Vaccination in Bombay 1924-1928 - 1924-1928
Year: 1924
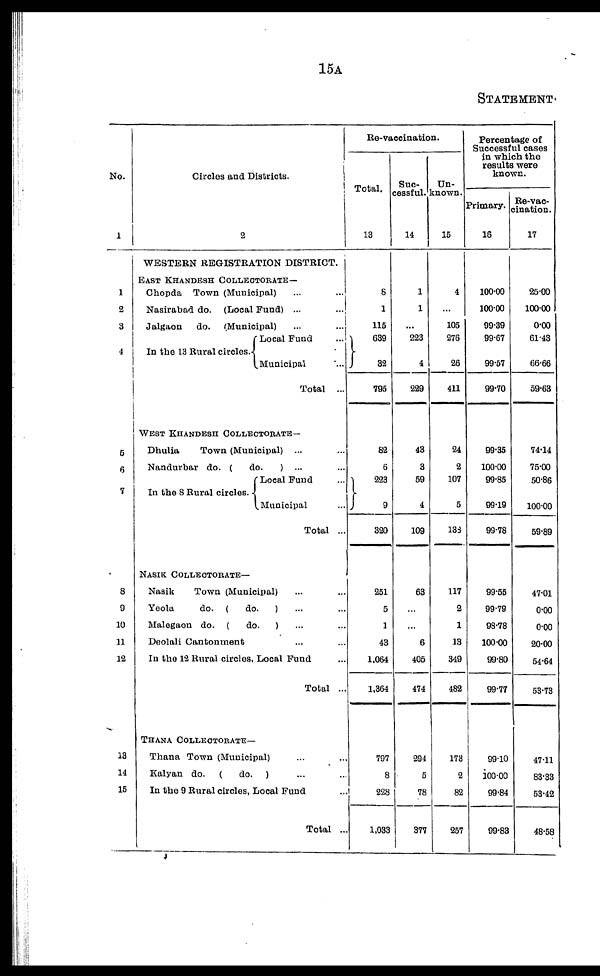
15A
STATEMENT
No.
1
1
2
3
4
5
6
7
8
9
10
11
12
13
14
15
Circles and Districts.
2
WESTERN REGISTRATION DISTRICT.
EAST KHANDESH COLLECTORATE—
Chopda Town (Municipal) ... ...
Nasirabad do. (Local Fund) ... ...
Jalgaon
do. (Municipal)
...
...
In the 13 Rural circles.
Local Fund
...
Municipal ...
Total ...
WEST KHANDESH COLLECTORATE—
Dhulia
Town (Municipal) ... ...
Nandurbar do. (
do.
) ...
In the 8 Rural circles.
Local Fund ...
Municipal ...
Total ...
NASIK COLLECTORATE—
Nasik
Town (Municipal) ... ...
Yeola
do. (
do.
) ... ...
Malegaon do. (
do.
) ... ...
Deolali Cantonment ... ...
In the 12 Rural circles, Local Fund ...
Total ...
THANA COLLECTORATE—
Thana Town (Municipal) ... ...
Kalyan do. (
do. ) ... ...
In the 9 Rural circles, Local Fund
Total ..
Re-vaccination.
Total.
13
8
1
115
639
32
795
82
6
1
223
9
320
251
5
1
43
1,064
1,364
797
8
228
1,033
Suc-
cessful.
14
1
1
...
223
4
229
43
3
59
4
109
63
...
...
6
405
474
294
5
78
377
Un-
known.
15
4
...
105
276
26
411
24
2
107
5
133
117
2
1
13
349
482
173
2
82
257
Percentage of
Successful cases
in which the
results were
known.
Primary.
16
100.00
100.00
99.39
99.67
99.57
99.70
99.35
100.00
99.85
99.19
99.78
99.55
99.79
98.78
100.00
99.80
99.77
99.10
100.00
99.84
99.83
Re-vac¬
cination.
17
25.00
100.00
0.00
61.43
66.66
59.63
74.14
75.00
50.86
100.00
59.89
47.01
0.00
0.00
20.00
54.64
53.73
47.11
83.33
53.42
48.58